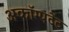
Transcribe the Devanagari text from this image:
अकॉम्पटेंट